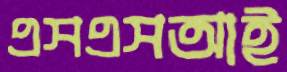
এসএসআই